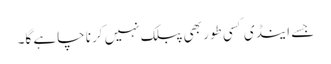
جسے اینڈی کسی طور بھی پبلک نہیں کرنا چاہے گا۔